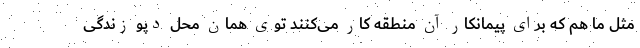
مثل ما هم که برای پیمانکار آن منطقه کار می‌کنند توی همان محل دپو زندگی